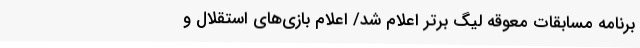
برنامه مسابقات معوقه لیگ برتر اعلام شد/ اعلام بازی‌های استقلال و